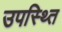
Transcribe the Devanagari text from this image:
उपस्थ्ति